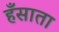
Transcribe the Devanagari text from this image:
हँसाता